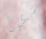
تكون